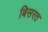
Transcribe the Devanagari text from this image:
बिसरत